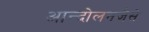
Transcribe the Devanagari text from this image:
आन्दोलनजैसे